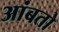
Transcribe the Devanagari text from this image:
आंबतो